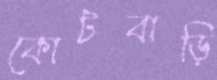
কোটবাড়ি